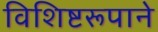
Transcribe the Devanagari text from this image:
विशिष्टरूपाने